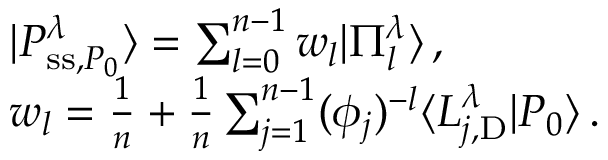
\begin{array} { r l } & { | P _ { \mathrm { s s } , P _ { 0 } } ^ { \lambda } \rangle = \sum _ { l = 0 } ^ { n - 1 } w _ { l } | \Pi _ { l } ^ { \lambda } \rangle \, , } \\ & { w _ { l } = \frac { 1 } { n } + \frac { 1 } { n } \sum _ { j = 1 } ^ { n - 1 } ( \phi _ { j } ) ^ { - l } \langle L _ { j , \mathrm { D } } ^ { \lambda } | P _ { 0 } \rangle \, . } \end{array}